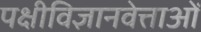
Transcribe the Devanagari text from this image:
पक्षीविज्ञानवेत्ताओं